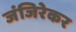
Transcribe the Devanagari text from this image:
जंजिरेकर